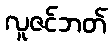
လူဇင်ဘတ်